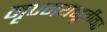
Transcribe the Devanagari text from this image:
मृण्मयमूर्तीवर